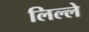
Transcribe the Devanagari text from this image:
लिल्ले